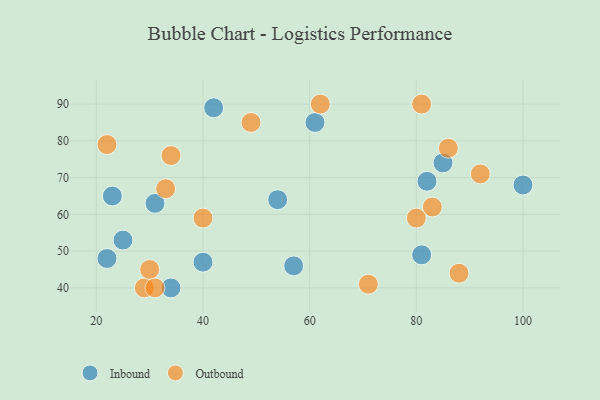
{"axis": {"x": "GDP", "y": "Life Expectancy"}, "legend": ["Inbound", "Outbound"], "data": [{"x": "81", "y": 49, "type": "Inbound"}, {"x": "23", "y": 65, "type": "Inbound"}, {"x": "85", "y": 74, "type": "Inbound"}, {"x": "22", "y": 48, "type": "Inbound"}, {"x": "100", "y": 68, "type": "Inbound"}, {"x": "61", "y": 85, "type": "Inbound"}, {"x": "40", "y": 47, "type": "Inbound"}, {"x": "57", "y": 46, "type": "Inbound"}, {"x": "31", "y": 63, "type": "Inbound"}, {"x": "25", "y": 53, "type": "Inbound"}, {"x": "34", "y": 40, "type": "Inbound"}, {"x": "82", "y": 69, "type": "Inbound"}, {"x": "42", "y": 89, "type": "Inbound"}, {"x": "54", "y": 64, "type": "Inbound"}, {"x": "92", "y": 71, "type": "Outbound"}, {"x": "88", "y": 44, "type": "Outbound"}, {"x": "34", "y": 76, "type": "Outbound"}, {"x": "40", "y": 59, "type": "Outbound"}, {"x": "62", "y": 90, "type": "Outbound"}, {"x": "29", "y": 40, "type": "Outbound"}, {"x": "81", "y": 90, "type": "Outbound"}, {"x": "33", "y": 67, "type": "Outbound"}, {"x": "86", "y": 78, "type": "Outbound"}, {"x": "30", "y": 45, "type": "Outbound"}, {"x": "31", "y": 40, "type": "Outbound"}, {"x": "22", "y": 79, "type": "Outbound"}, {"x": "49", "y": 85, "type": "Outbound"}, {"x": "71", "y": 41, "type": "Outbound"}, {"x": "83", "y": 62, "type": "Outbound"}, {"x": "80", "y": 59, "type": "Outbound"}]}